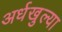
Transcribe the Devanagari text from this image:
अर्धखुल्या